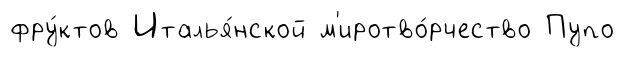
фру́ктов Италья́нской м'иротво́рчество Пупо